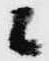
候